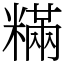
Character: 䊟